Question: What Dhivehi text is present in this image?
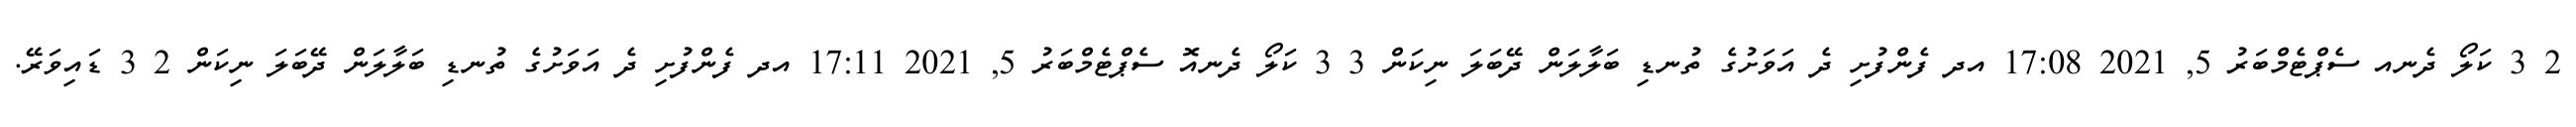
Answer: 2 3 ކަލޯ ދެނއ ސެޕްޓެމްބަރު 5, 2021 17:08 އދ ފެންފުށި ދެ އަވަށުގެ ތުނޑި ބަލާލަން ދޭބަލަ ނިކަން 3 3 ކަލޯ ދެނއޮ ސެޕްޓެމްބަރު 5, 2021 17:11 އދ ފެންފުށި ދެ އަވަށުގެ ތުނޑި ބަލާލަން ދޭބަލަ ނިކަން 2 3 ޑައިވަރޭ.